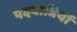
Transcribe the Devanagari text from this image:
पदयात्रियों